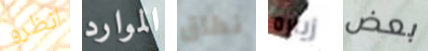
انظرو الموارد نطاق زياره بعض